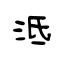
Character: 泜